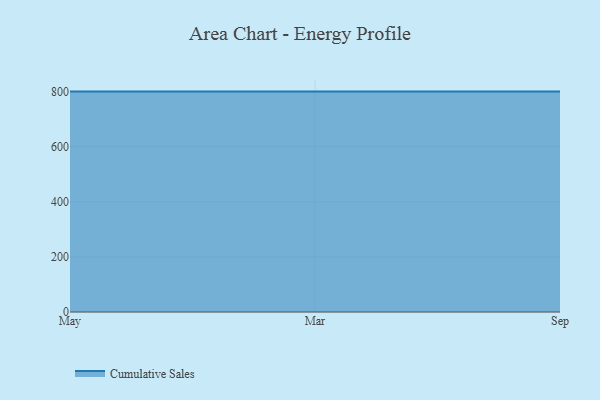
{"axis": {"x": "Month", "y": "Headcount"}, "legend": ["Cumulative Sales"], "data": [{"x": "May", "y": 800, "type": "Cumulative Sales"}, {"x": "Mar", "y": 800, "type": "Cumulative Sales"}, {"x": "Sep", "y": 800, "type": "Cumulative Sales"}]}